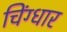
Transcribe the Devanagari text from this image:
चिंग्धार